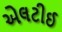
એલટીઈ